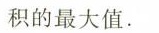
积的最大值。